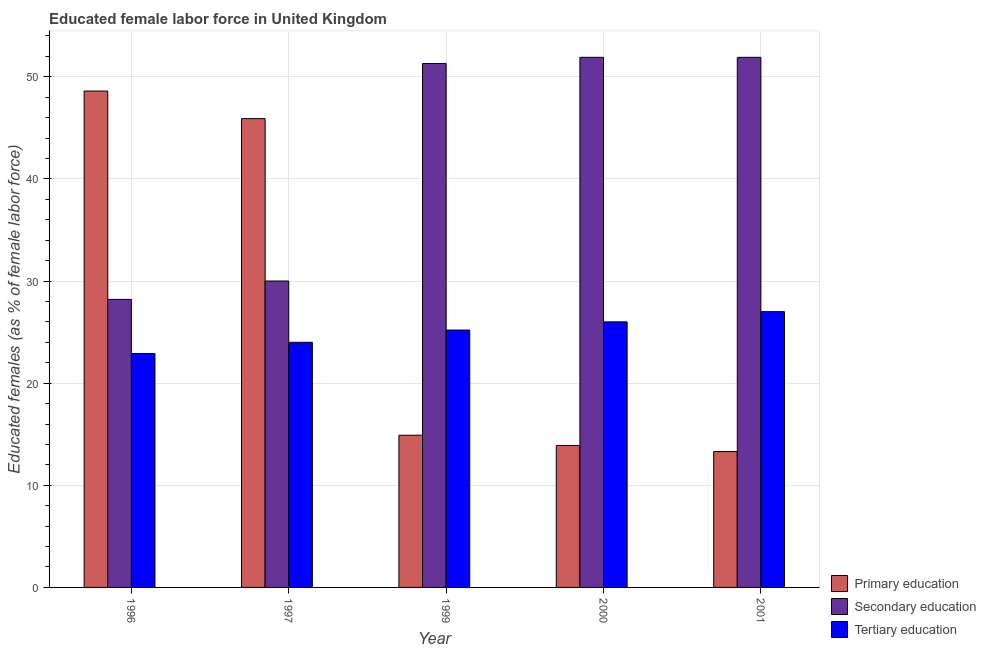
| Year | Primary education | Secondary education | Tertiary education |
 | --- | --- | --- | --- |
 | 1996 | 48.6 | 28.2 | 22.9 |
 | 1997 | 45.9 | 30 | 24 |
 | 1999 | 14.9 | 51.3 | 25.2 |
 | 2000 | 13.9 | 51.9 | 26 |
 | 2001 | 13.3 | 51.9 | 27 |